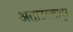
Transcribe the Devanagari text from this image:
अताउल्लापुर